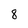
Character: 8